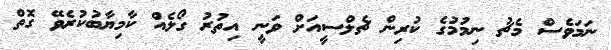
ނަމަވެސް މެޗު ނިމުމުގެ ކުރިން ޗެލްސީއަށް ވަނީ އިތުރު ގޯލެއް ކާމިޔާބުކުރެވޭ ގޮތް